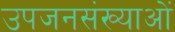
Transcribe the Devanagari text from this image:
उपजनसंख्याओं